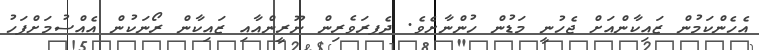
އެހެންކަމުން ޒައިކާންއަށް ޖެހުނީ މަޑުން ހުންނާށެވެ. ދެފރަވެރިން ނޫރީންއާއި ޒައިކާން ރޯނަކުން އެއްސުމަށްފަހު